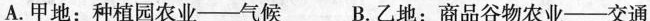
A.甲地：种植园农业——气候 B.乙地：商品谷物农业——交通